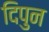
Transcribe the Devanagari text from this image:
दिपुन